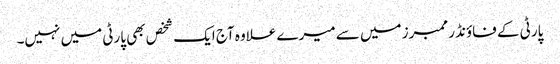
پارٹی کے فاؤنڈر ممبرز میں سے میرے علاوہ آج ایک شخص بھی پارٹی میں نہیں۔